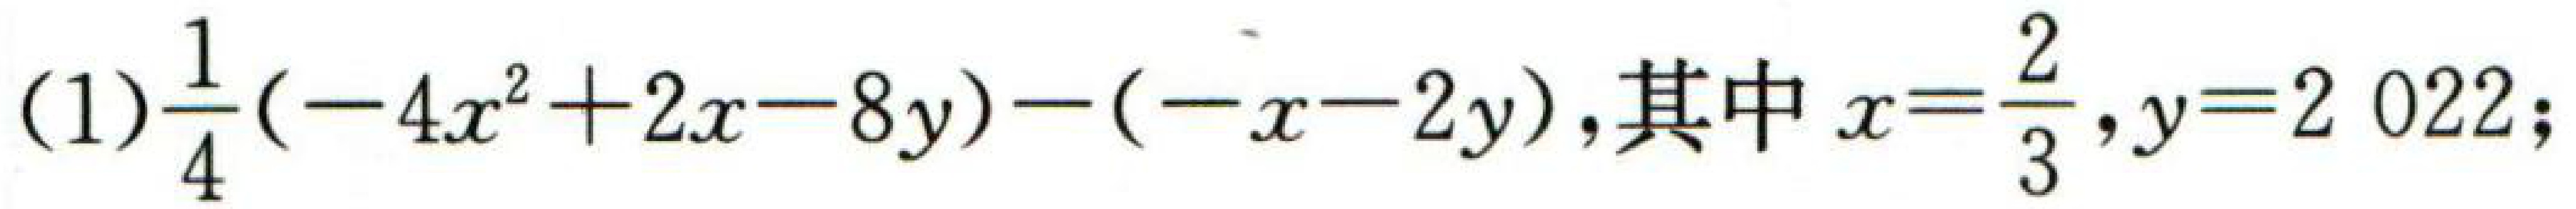
(1)\(\frac{1}{4}(-4x^{2}+2x - 8y)-(-x - 2y)\)，其中\(x = \frac{2}{3},y = 2022\)；